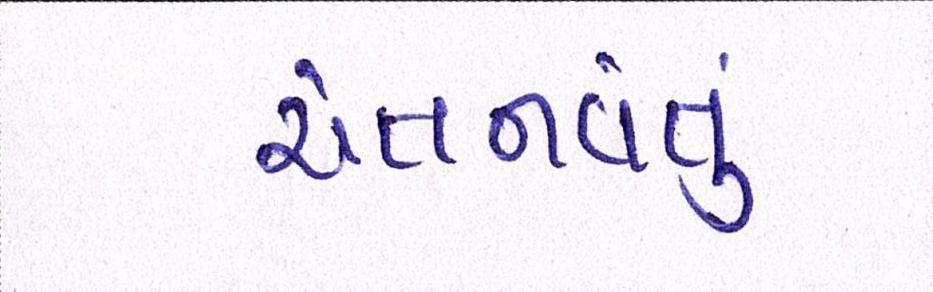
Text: ચેતનવંતું